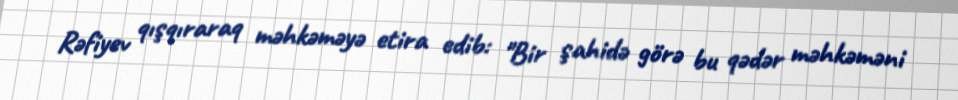
Rəfiyev qışqıraraq məhkəməyə etira edib: "Bir şahidə görə bu qədər məhkəməni